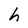
Character: h